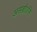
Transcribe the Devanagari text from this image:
असङ्गोऽसि